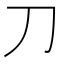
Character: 刀